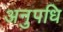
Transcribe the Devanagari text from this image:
अनुपधि